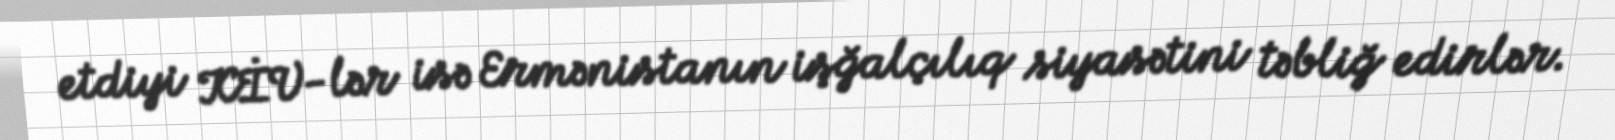
etdiyi KİV-lər isə Ermənistanın işğalçılıq siyasətini təbliğ edirlər.